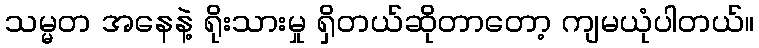
သမ္မတ အနေနဲ့ ရိုးသားမှု ရှိတယ်ဆိုတာတော့ ကျမယုံပါတယ်။